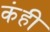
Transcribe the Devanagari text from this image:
कंही